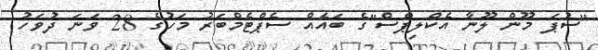
"ސުޕަ މޫން ލޫނާ އެކްލިޕްސް"ގެ ބައެއް ސެޕްޓެމްބަރު މަހުގެ 28 ވަނަ ދުވަހު